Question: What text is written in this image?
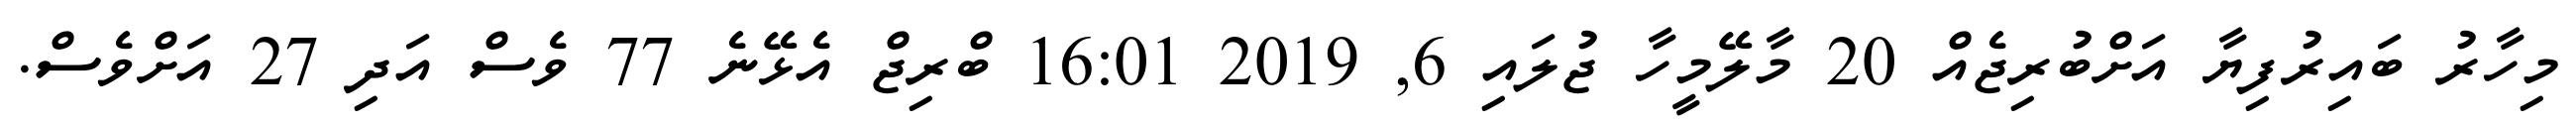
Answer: މިހާރު ބައިރުފިޔާ އަށްބުރިޖެއް 20 މާލޭމީހާ ޖުލައި 6, 2019 16:01 ބްރިޖް އެޅޭނެ 77 ވެސް އަދި 27 އަށްވެސް.